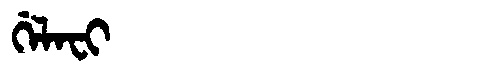
Manchu: ᡤᡝᠯᠠᠸᡳ
Romanization: GELAFI